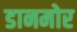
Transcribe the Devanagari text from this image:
डानमोर